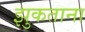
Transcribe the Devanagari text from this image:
झुकताना